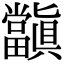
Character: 𭻺